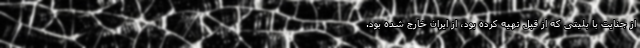
از جنایت با بلیتی که از قبل تهیه کرده بود، از ایران خارج شده بود.